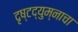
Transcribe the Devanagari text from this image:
दृष्टद्युम्नाचा